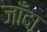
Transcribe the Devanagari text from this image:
जाँदा